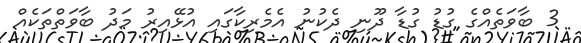
3 ބާވަތެއްގެ ގުޑު ގުޑާ ދޫނި ދެކުނު އެމެރިކާގައި އުޅޭއިރު މަދު ބާވަތްތަކެއް